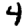
Digit: 4